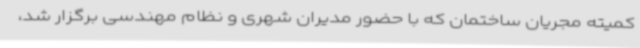
کمیته مجریان ساختمان که با حضور مدیران شهری و نظام مهندسی برگزار شد،